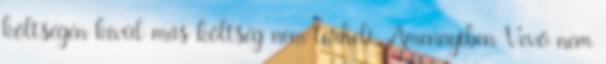
költségén kívül más költség nem terheli. Amennyiben Vevő nem